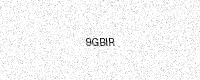
Text: 9GBIR